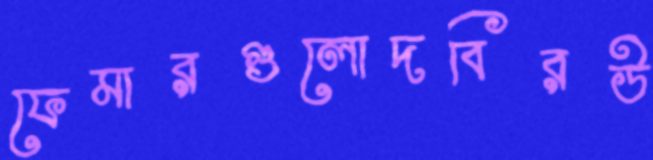
ফেমারগুলোদবিরউ